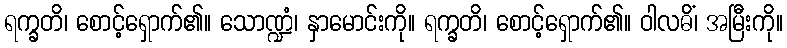
ရက္ခတိ၊ စောင့်ရှောက်၏။ သောဏ္ဍံ၊ နှာမောင်းကို။ ရက္ခတိ၊ စောင့်ရှောက်၏။ ဝါလဓိံ၊ အမြီးကို။